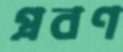
প্রবণ